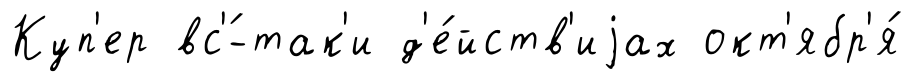
Куп'ер вс'́-так'и д'е́йств'иjах окт'ябр'я́